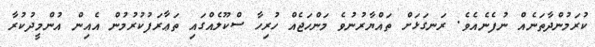
ކުރަމުންދާތަނެއް ނުފެނެއެވެ. ރަނގަޅަށް ތައްޔާރުނުވެ މަންހަޖެއް ހުރިހާ ސްކޫލެއްގައި ތަޢާރަފުކުރުމުން އެއިން އުންމީދުކުރާ